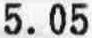
5.05